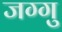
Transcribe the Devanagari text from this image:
जग्गु